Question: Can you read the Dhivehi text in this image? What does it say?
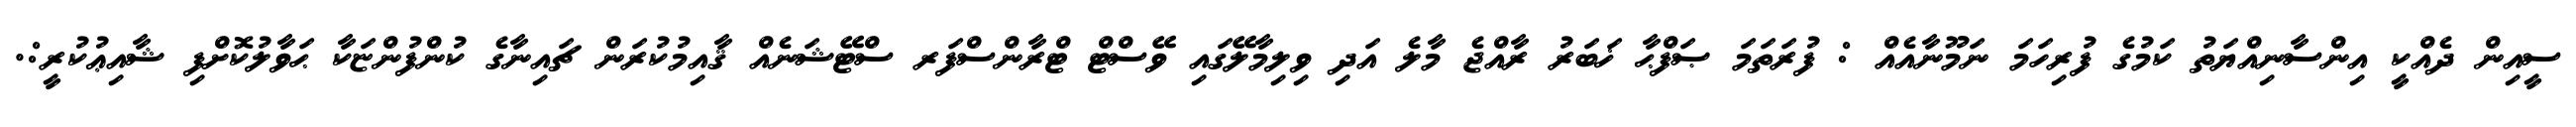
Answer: ސީއިން ދެއްކީ އިންސާނިއްޔަތު ކަމުގެ ފުރިހަމަ ނަމޫނާއެއް : ފުރަތަމަ ޞަފްޙާ ޚަބަރު ރާއްޖެ މާލެ އަދި ވިލިމާލޭގައި ވޭސްޓް ޓްރާންސްފަރ ސްޓޭޝަނެއް ޤާއިމުކުރަން ޗައިނާގެ ކުންފުންޏަކާ ޙަވާލުކޮށްފި ޝާއިޢުކުރީ:.